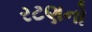
રટણનો